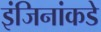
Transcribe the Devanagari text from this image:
इंजिनांकडे